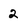
Character: 2